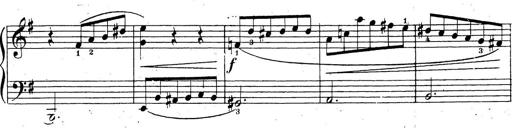
Title: 10 Sonatinas
Composer: Fritz Spindler